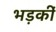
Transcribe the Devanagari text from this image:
भड़कीं